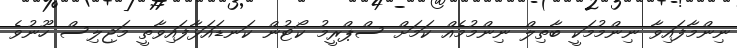
ނިންމާފައިވާ ނިންމުމަކީ ބާތިލް ނިންމުމެއް ކަމަށް ސްޕްރީމު ކޯޓުން ކަނޑައަޅާފައިވާތީ މަޖިލިސް ހޫނުވެ